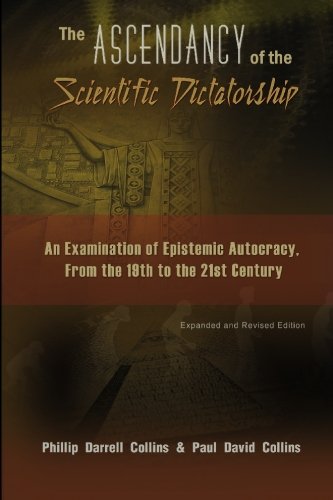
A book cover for The Ascendancy of the Scientific Dictatorship: An Examination of Epistemic Autocracy, From the 19th to the 21st Century; Paul Collins; Politics & Social Sciences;